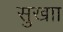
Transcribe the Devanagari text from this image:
सुखाा